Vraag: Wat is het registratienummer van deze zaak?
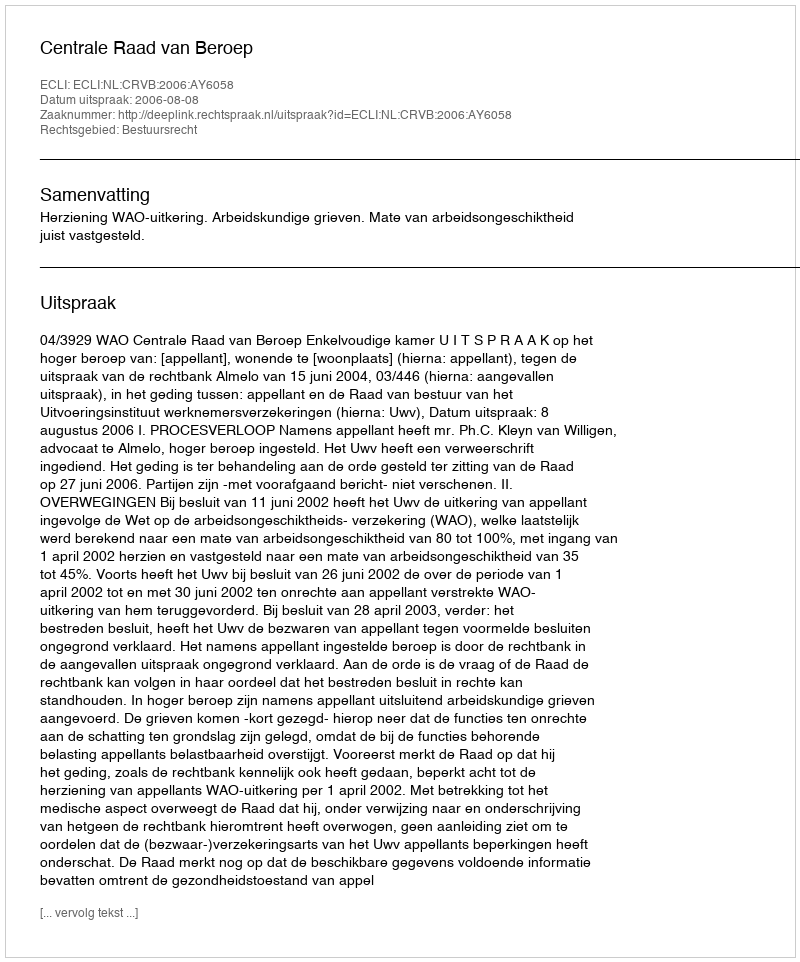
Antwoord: http://deeplink.rechtspraak.nl/uitspraak?id=ECLI:NL:CRVB:2006:AY6058